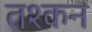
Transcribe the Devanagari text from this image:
तश्कन